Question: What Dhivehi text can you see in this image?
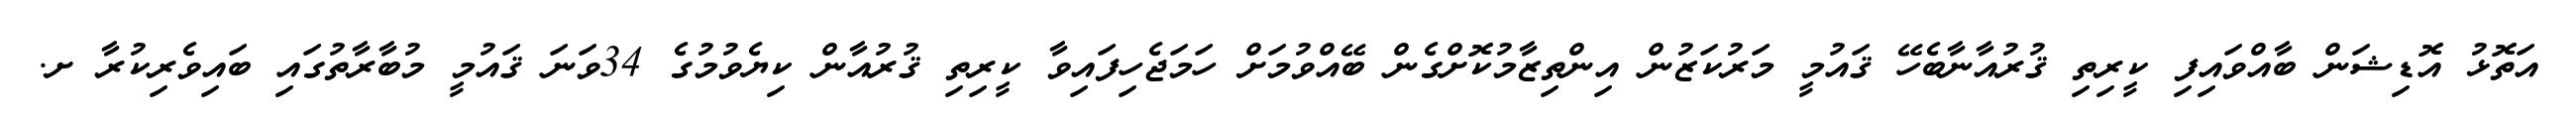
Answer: އަތޮޅު އޮޑިޝަން ބާއްވައިފި ކީރިތި ޤުރުއާނާބެހޭ ޤައުމީ މަރުކަޒުން އިންތިޒާމުކޮށްގެން ބޭއްވުމަށް ހަމަޖެހިފައިވާ ކީރިތި ޤުރުއާން ކިޔެވުމުގެ 34ވަނަ ޤައުމީ މުބާރާތުގައި ބައިވެރިކުރާ ށ.